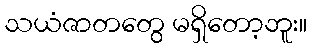
သယံဇာတတွေ မရှိတော့ဘူး။